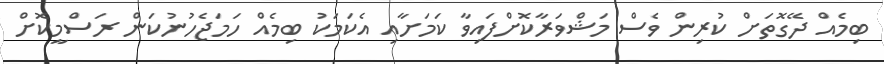
ބިމެއް ދޭގޮތަށް ކުރިން ވެސް މަޝްވަރާކޮށްފައިވާ ކަމަށާއި އެކަމަކު ބިމެއް ހަމަޖެހުނުކަން ރަސްމީކޮށް